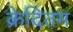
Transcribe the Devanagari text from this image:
क्रेदितम